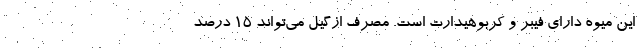
این میوه دارای فیبر و کربوهیدارت است. مصرف ازگیل می‌تواند ۱۵ درصد